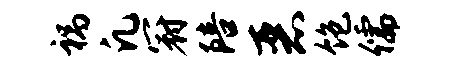
祸凡冠陪恶饱儒